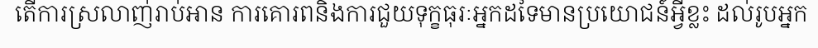
តើការស្រលាញ់រាប់អាន ការគោរពនិងការជួយទុក្ខធុរៈអ្នកដទៃមានប្រយោជន៍អ្វីខ្លះ ដល់រូបអ្នក